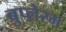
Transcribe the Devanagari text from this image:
बुप्लेरम